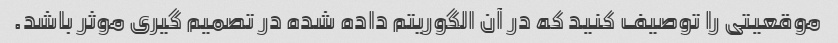
موقعیتی را توصیف کنید که در آن الگوریتم داده شده در تصمیم گیری موثر باشد.